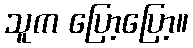
သူက ပြော့ပြော့။